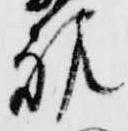
親